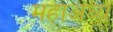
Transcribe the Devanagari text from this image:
महाअर्घ्य